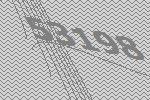
53198